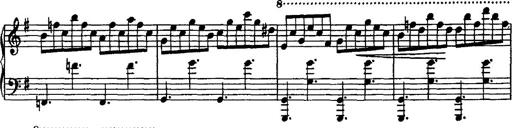
Title: Rondo di bravura
Composer: Franz Liszt